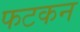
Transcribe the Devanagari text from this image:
फटकन